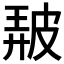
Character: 𤿰